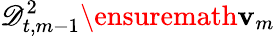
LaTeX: \mathscr{D}_{t,m-1}^{2}\ensuremath{\mathbf{v}}_{m}